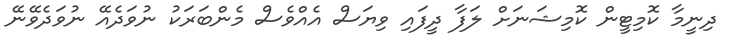
ދިނީމާ ކޮމިޓީން ކޮމިޝަނަށް ލަފާ ދީފައި ވިޔަސް އެއްވެސް މެންބަރަކު ނުވަދެއޭ ނުވަދެވޭނޭ